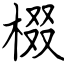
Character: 棳